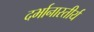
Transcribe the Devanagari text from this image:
दर्भानास्तीर्य